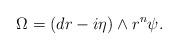
LaTeX: \begin{align*} \Omega = (dr - i \eta) \wedge r^{n} \psi.\end{align*}